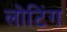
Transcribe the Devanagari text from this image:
लोटिंग